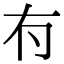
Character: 𠕇